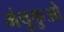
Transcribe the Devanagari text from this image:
मंचुकुओ